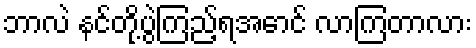
ဘာလဲ နင်တို့ပွဲကြည့်ရအောင် လာကြတာလား